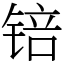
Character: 锫